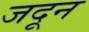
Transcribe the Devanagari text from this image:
जदून